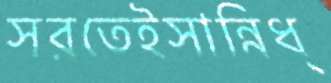
সরতেইসান্নিধ্